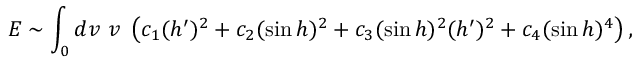
E \sim \int _ { 0 } d v ~ v ~ \left( c _ { 1 } ( h ^ { \prime } ) ^ { 2 } + c _ { 2 } ( \sin h ) ^ { 2 } + c _ { 3 } ( \sin h ) ^ { 2 } ( h ^ { \prime } ) ^ { 2 } + c _ { 4 } ( \sin h ) ^ { 4 } \right) ,